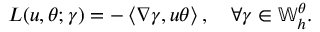
L ( u , \theta ; \gamma ) = - \left\langle \nabla \gamma , u \theta \right\rangle , \quad \forall \gamma \in \mathbb { W } _ { h } ^ { \theta } .